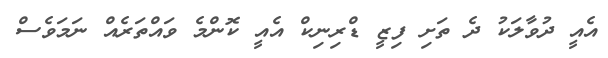
އެއީ ދުވާލަކު ދެ ތަށި ފިޒީ ޑްރިނިކް އެއީ ކޮންމެ ވައްތަރެއް ނަމަވެސް